Insane asylums Bombay 1873-77 - 1873-1877
Year: 1873
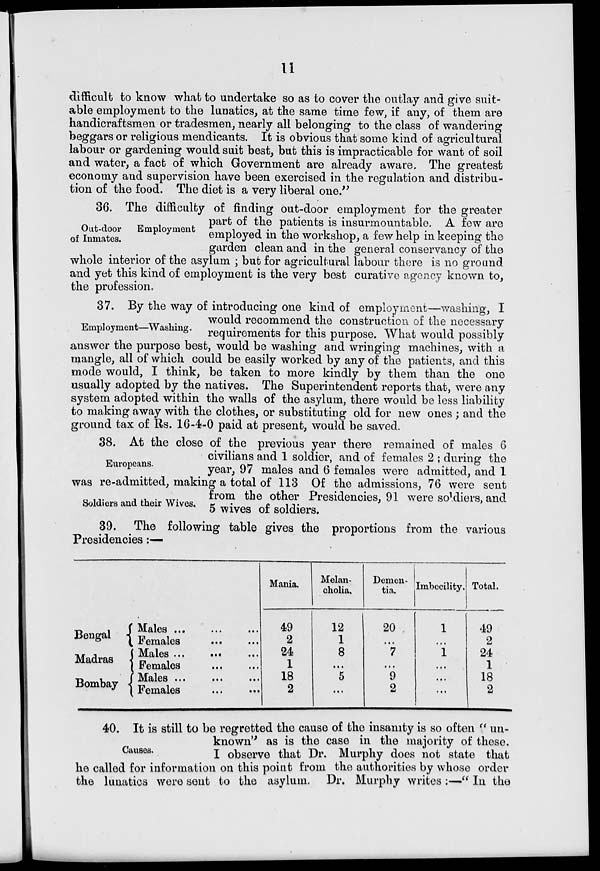
11
difficult to know what to undertake so as to cover the outlay and give suit-
able employment to the lunatics, at the same time few, if any, of them are
handicraftsmen or tradesmen, nearly all belonging to the class of wandering
beggars or religious mendicants. It is obvious that some kind of agricultural
labour or gardening would suit best, but this is impracticable for want of soil
and water, a fact of which Government are already aware. The greatest
economy and supervision have been exercised in the regulation and distribu-
tion of the food. The diet is a very liberal one."
Out-door
Employment
of Inmates.
36. The difficulty of finding out-door employment for the greater
part of the patients is insurmountable. A few are
employed in the workshop, a few help in keeping the
garden clean and in the general conservancy of the
whole interior of the asylum ; but for agricultural labour there is no ground
and yet this kind of employment is the very best curative agency known to,
the profession.
Employment—Washing.
37. By the way of introducing one kind of employment—washing, I
would recommend the construction of the necessary
requirements for this purpose. What would possibly
answer the purpose best, would be washing and wringing machines, with a
mangle, all of which could be easily worked by any of the patients, and this
mode would, I think, be taken to more kindly by them than the one
usually adopted by the natives. The Superintendent reports that, were any
system adopted within the walls of the asylum, there would be less liability
to making away with the clothes, or substituting old for new ones ; and the
ground tax of Rs. 16-4-0 paid at present, would be saved.
Europeans.
Soldiers and their Wives.
38. At the close of the previous year there remained of males 6
civilians and 1 soldier, and of females 2 ; during the
year, 97 males and 6 females were admitted, and 1
was re-admitted, making a total of 113 Of the admissions, 76 were sent
from the other Presidencies, 91 were soldiers, and
5 wives of soldiers.
39. The following table gives the proportions from the various
Presidencies:—
Bengal
Madras
Bombay
Males ... ...
Females ... ...
Males ... ... ...
Females ... ...
Males
Females ... ...
Mania.
49
2
24
1
18
2
Melan-
cholia.
12
1
8
...
5
...
Demen-
tia.
20
...
7
...
9
2
Imbecility.
1
...
1
...
...
...
Total.
49
2
24
1
18
2
Causes.
40. It is still to be regretted the cause of the insanity is so often "un-
known" as is the case in the majority of these.
I observe that Dr. Murphy does not state that
he called for information on this point from the authorities by whose order
the lunatics were sent to the asylum. Dr. Murphy writes :—" In the